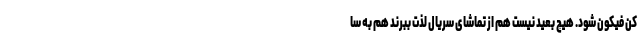
کن فیکون شود. هیچ بعید نیست هم از تماشای سریال لذت ببرند هم به سا